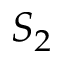
S { _ 2 }